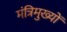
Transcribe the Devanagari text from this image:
मंत्रिमुख्यों